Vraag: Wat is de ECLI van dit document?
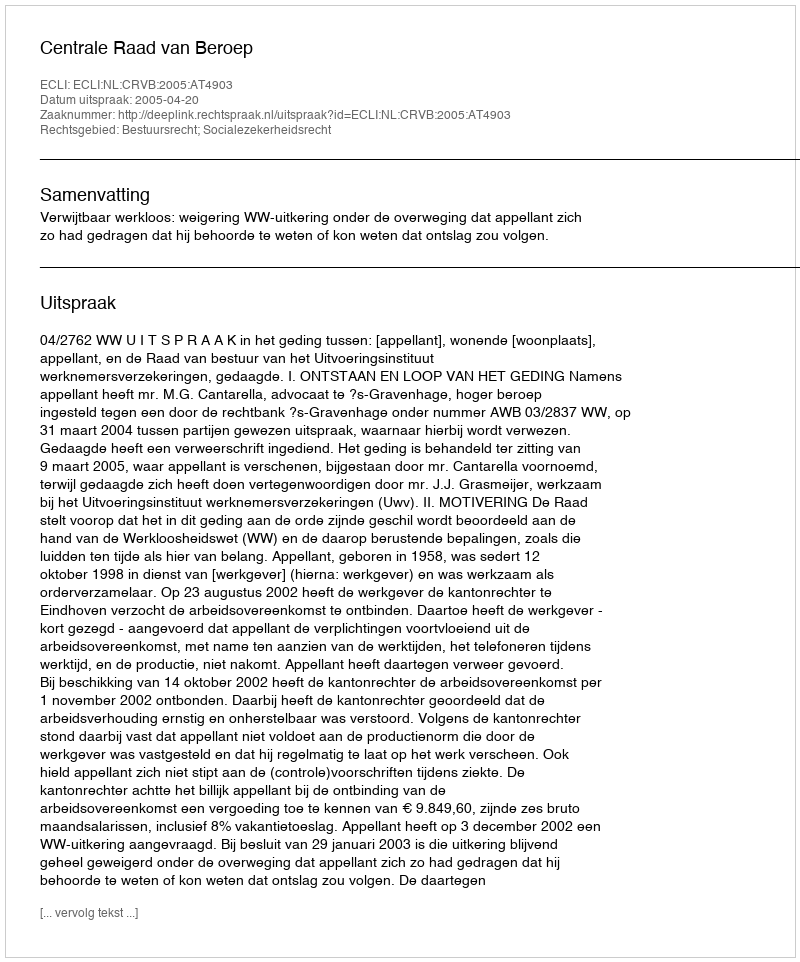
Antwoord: ECLI:NL:CRVB:2005:AT4903